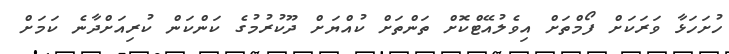
ހުށަހަޅާ ވަރަކަށް ފޯމްތަށް އިވެލުއޭޓްކޮށް ތަންތަށް ކުއްޔަށް ދޫކުރުމުގެ ކަންކަން ކުރިއަށްދާނެ ކަމަށް